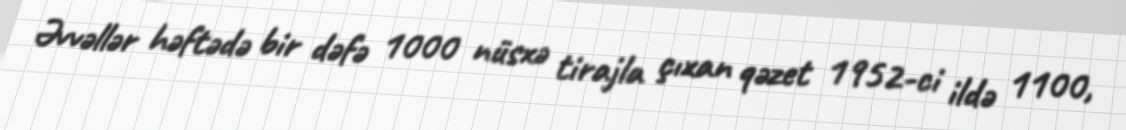
Əvvəllər həftədə bir dəfə 1000 nüsxə tirajla çıxan qəzet 1952-ci ildə 1100,